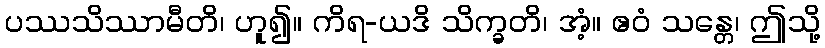
ပဿသိဿာမီတိ၊ ဟူ၍။ ကိရ-ယဒိ သိက္ခတိ၊ အံ့။ ဧဝံ သန္တေ၊ ဤသို့